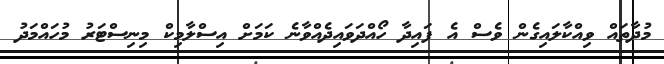
މުދާތައް ވިއްކާލައިގެން ވެސް އެ ފައިދާ ހޯއްދަވައިދެއްވާނެ ކަމަށް އިސްލާމިކް މިނިސްޓަރު މުހައްމަދު